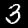
Label: 3